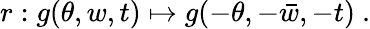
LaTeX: r:g(\theta,w,t)\mapsto g(-\theta,-\bar{w},-t)~.